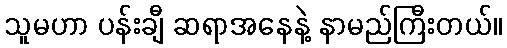
သူမဟာ ပန်းချီ ဆရာအနေနဲ့ နာမည်ကြီးတယ်။